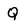
Character: Q